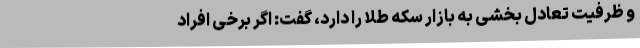
و ظرفیت تعادل بخشی به بازار سکه طلا را دارد، گفت: اگر برخی افراد